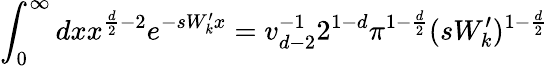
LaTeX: \int_{0}^{\infty}dxx^{\frac{d}{2}-2}e^{-sW_{k}^{\prime}x}=v_{d-2}^{-1}2^{1-d}\pi^{1-\frac{d}{2}}(sW_{k}^{\prime})^{1-\frac{d}{2}}